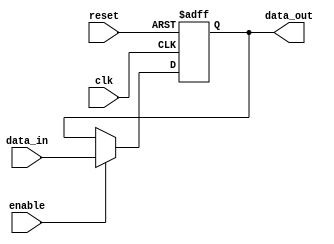
module output_register (
    input wire clk,          // Clock signal
    input wire reset,        // Asynchronous reset signal
    input wire enable,       // Enable signal
    input wire [N-1:0] data_in, // Data input from combinational logic
    output reg [N-1:0] data_out // Output register
);
    parameter N = 8; // Define the width of the register (can be adjusted)

    // Asynchronous reset and synchronous data capture
    always @(posedge clk or posedge reset) begin
        if (reset) begin
            data_out <= {N{1'b0}}; // Reset output to zero
        end else if (enable) begin
            data_out <= data_in; // Capture data on clock edge if enabled
        end
    end
endmodule